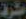
مشرف